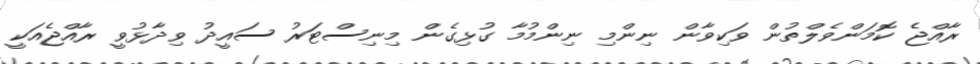
ރާއްޖެ ކޮމަންވެލްތުން ވަކިވާން ނިންމި ނިންމުމާ ގުޅިގެން މިނިސްޓަރު ސައީދު ވިދާޅުވީ ރާއްޖެއަކީ